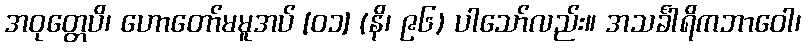
အဝုတ္တေပိ၊ ဟောတော်မမူအပ် [၀၁] (နိ၊ ၉၆) ပါသော်လည်း။ အသင်္ခါရိကဘာဝေါ၊